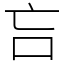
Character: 吂